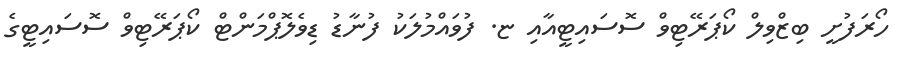
ހޯރަފުށީ ބިޒްވިލް ކޯޕަރޭޓިވް ސޮސައިޓީއާއި ޏ. ފުވައްމުލަކު ފުނާޑު ޑިވެލޮޕްމަންޓް ކޯޕަރޭޓިވް ސޮސައިޓީގެ